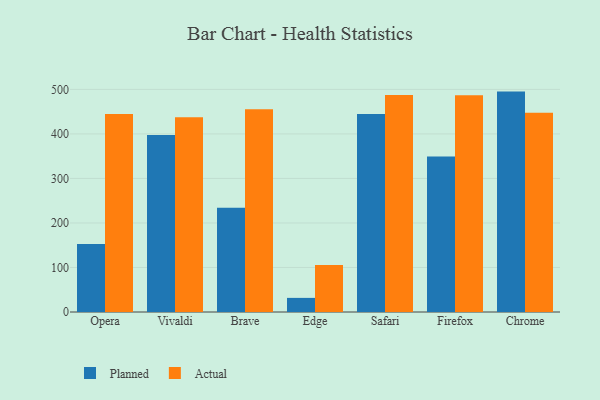
{"axis": {"x": "Browser", "y": "Tickets Resolved"}, "legend": ["Actual", "Planned"], "data": [{"x": "Opera", "y": 152.7, "type": "Planned"}, {"x": "Opera", "y": 444.8, "type": "Actual"}, {"x": "Vivaldi", "y": 397.7, "type": "Planned"}, {"x": "Vivaldi", "y": 437.2, "type": "Actual"}, {"x": "Brave", "y": 234.2, "type": "Planned"}, {"x": "Brave", "y": 455.5, "type": "Actual"}, {"x": "Edge", "y": 31.7, "type": "Planned"}, {"x": "Edge", "y": 105.5, "type": "Actual"}, {"x": "Safari", "y": 444.8, "type": "Planned"}, {"x": "Safari", "y": 487.6, "type": "Actual"}, {"x": "Firefox", "y": 349.3, "type": "Planned"}, {"x": "Firefox", "y": 486.8, "type": "Actual"}, {"x": "Chrome", "y": 495.1, "type": "Planned"}, {"x": "Chrome", "y": 447.8, "type": "Actual"}]}